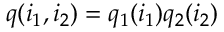
q ( i _ { 1 } , i _ { 2 } ) = q _ { 1 } ( i _ { 1 } ) q _ { 2 } ( i _ { 2 } )